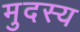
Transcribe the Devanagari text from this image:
मुदस्य